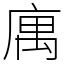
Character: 庽